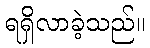
ရရှိလာခဲ့သည်။